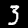
Digit: 3